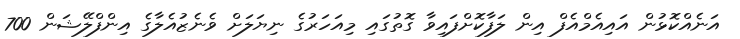
އަނެއްކޮޅުން އައިއެމްއެފް އިން ލަފާކޮށްފައިވާ ގޮތުގައި މިއަހަރުގެ ނިޔަލަށް ވެނެޒުއެލާގެ އިންފްލޭޝަން 700